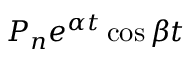
P _ { n } e ^ { \alpha t } \cos { \beta t }